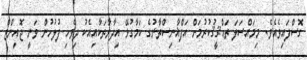
ގޮސްފައިވެއެވެ. މިމައްސަލަ ތަޙްޤީޤުކުރުމަށް އަފްޣާނިސްތާނުގެ ކަމާގުޅޭ އިދާރާތަކާއިއެކު ދިވެހި ފުލުހުން ވަނީ ޖޮއިންޓް